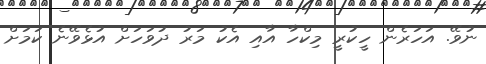
ނުވޭ. އަހަރެން ހީކުރީ މިކްހާ އާއި އެކު މަރު ދުވަހަށް އުޅެވޭނެ ކަމަށް